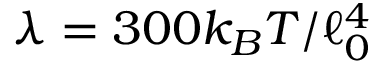
\lambda = 3 0 0 k _ { B } T / \ell _ { 0 } ^ { 4 }